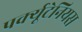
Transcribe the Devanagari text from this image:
पर्क्यूटेनियस